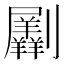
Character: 𠠮